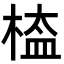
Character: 𣖁